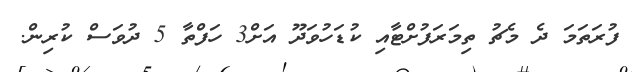
ފުރަތަމަ ދެ މެޗު ތިމަރަފުށްޓާއި ކުޑަހުވަދޫ އަށް3 ހަފްތާ 5 ދުވަސް ކުރިން.